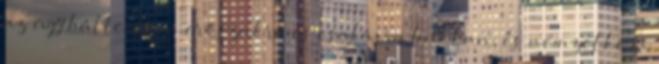
az ügy hátterében erőszakra és csalásra bukkan, és nemzetközi